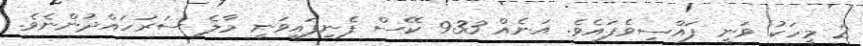
2 މީހަކު ވަނީ ފައްސިވެފައެވެ. އަނެއް 933 ކޭސް ފެނިފައިވަނީ މާލެ ސަރަހައްދުންނެވެ.